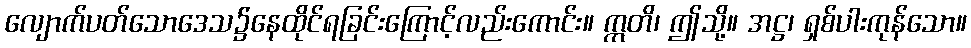
လျောက်ပတ်သောဒေသ၌နေထိုင်ရခြင်းကြောင့်လည်းကောင်း။ ဣတိ၊ ဤသို့။ အဋ္ဌ၊ ရှစ်ပါးကုန်သော။